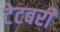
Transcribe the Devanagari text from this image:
टेटबरी